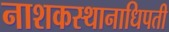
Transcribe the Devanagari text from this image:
नाशकस्थानाधिपती